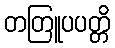
တတြူပပတ္တိ